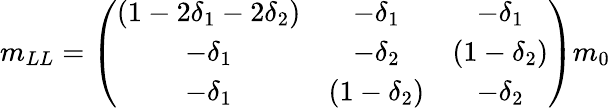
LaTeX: m_{LL}=\left(\begin{array}{ccc}{{(1-2\delta_{1}-2\delta_{2})}}&{{-\delta_{1}}}&{{-\delta_{1}}}\\ {{-\delta_{1}}}&{{-\delta_{2}}}&{{(1-\delta_{2})}}\\ {{-\delta_{1}}}&{{(1-\delta_{2})}}&{{-\delta_{2}}}\end{array}\right)m_{0}